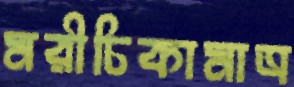
মরীচিকামাত্র